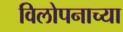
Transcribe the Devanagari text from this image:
विलोपनाच्या